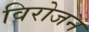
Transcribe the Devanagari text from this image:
विरोजन